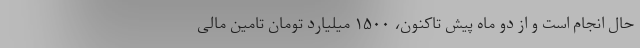
حال انجام است و از دو ماه پیش تاکنون، ۱۵۰۰ میلیارد تومان تامین مالی